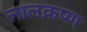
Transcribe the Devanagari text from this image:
लालक्रष्ण